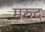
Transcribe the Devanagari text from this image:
मरुद